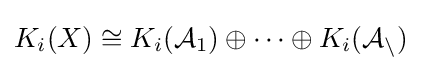
K_{i}(X)\cong K_{i}({\mathcal {A}}_{1})\oplus \cdots \oplus K_{i}({\mathcal {A_{n}}})